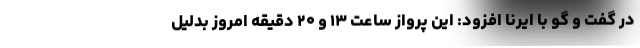
در گفت و گو با ایرنا افزود: این پرواز ساعت ۱۳ و ۲۰ دقیقه امروز بدلیل